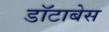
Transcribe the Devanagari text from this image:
डॉटाबेस